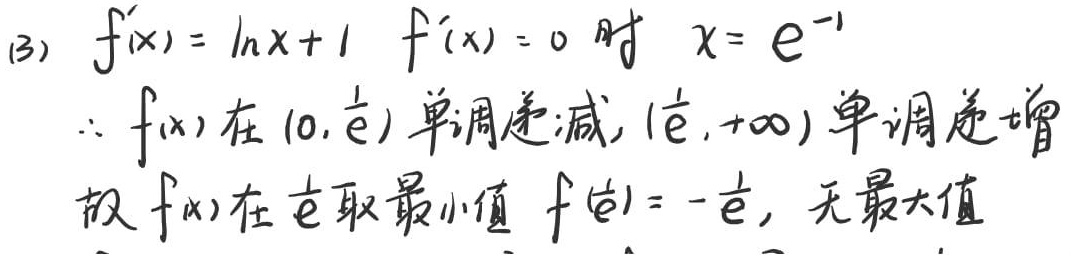
(3) $f'(x)=\ln x + 1$, $f'(x)=0$ 时 $x = e^{-1}$
$\therefore f(x)$ 在 $(0,\frac{1}{e})$ 单调递减, $(\frac{1}{e},+\infty)$ 单调递增
故 $f(x)$ 在 $\frac{1}{e}$ 取最小值 $f(\frac{1}{e})=-\frac{1}{e}$, 无最大值